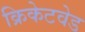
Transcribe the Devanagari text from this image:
क्रिकेटवेड